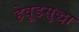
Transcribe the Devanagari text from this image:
हेवूडसुद्धा